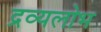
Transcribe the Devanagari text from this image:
द्रव्यलोभ